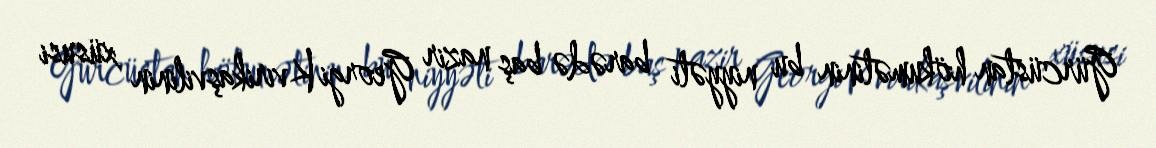
Gürcüstan hökumətinin bu niyyəti barədə baş nazir Georgi Kvirikaşvilinin xüsusi